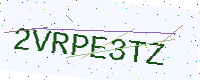
Text: 2VRPE3TZ